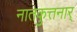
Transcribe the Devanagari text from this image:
नातकुत्तनार्